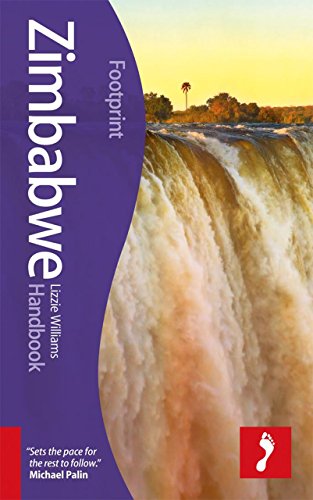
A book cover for Zimbabwe Handbook: Travel Guide To Zimbabwe (Footprint - Handbooks); Lizzie Williams; Travel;